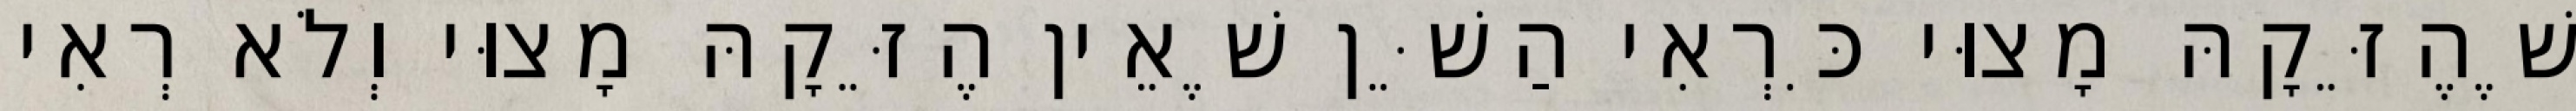
שֶׁהֶזֵּקָהּ מָצוּי כִּרְאִי הַשֵּׁן שֶׁאֵין הֶזֵּקָהּ מָצוּי וְלֹא רְאִי